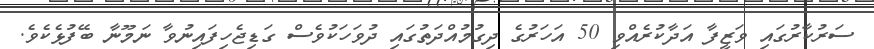
ސަރުކާރުގައި ވަޒީފާ އަދާކުރެއްވި 50 އަހަރުގެ ދިގުމުއްދަތުގައި ދުވަހަކުވެސް ގަޑިޖެހިފައިނުވާ ނަމޫނާ ބޭފުޅެކެވެ.